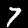
Label: 7